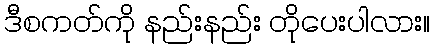
ဒီစကတ်ကို နည်းနည်း တိုပေးပါလား။